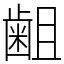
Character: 𪗱